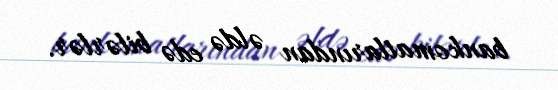
bankomatlarından əldə edə bilərlər.